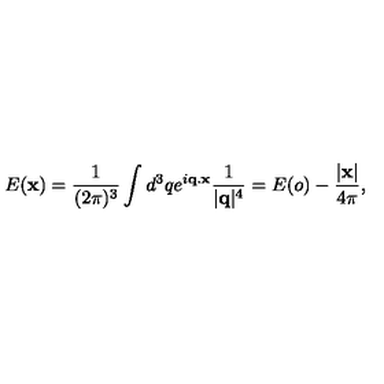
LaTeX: E ( { \bf x } ) = \frac { 1 } { ( 2 \pi ) ^ { 3 } } \int d ^ { 3 } q e ^ { i { \bf q . x } } \frac { 1 } { | { \bf q } | ^ { 4 } } = E ( o ) - \frac { | { \bf x } | } { 4 \pi } ,